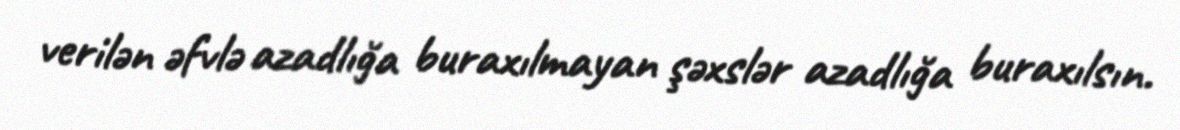
verilən əfvlə azadlığa buraxılmayan şəxslər azadlığa buraxılsın.